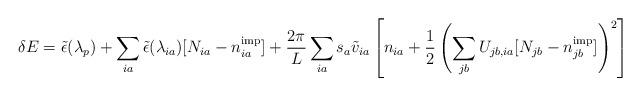
LaTeX: \begin{align*}\delta E = \tilde{\epsilon}(\lambda_p) + \sum_{ia}\tilde{\epsilon}(\lambda_{ia})[N_{ia}-n^{\rm imp}_{ia}] + \frac{2\pi}{L}\sum_{ia}s_a\tilde{v}_{ia}\left[n_{ia} + \frac{1}{2}\left(\sum_{jb}U_{jb,ia}[N_{jb} -n^{\rm imp}_{jb}] \right)^2\right]\end{align*}